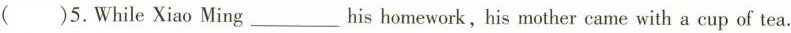
( )5.While Xiao Ming_ his homework,his mother came with a cup of tea.